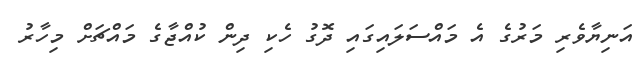
އަނިޔާވެރި މަރުގެ އެ މައްސަލައިގައި ދޮގު ހެކި ދިން ކުއްޖާގެ މައްޗަށް މިހާރު